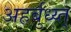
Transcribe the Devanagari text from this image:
अहर्बुध्य्त्